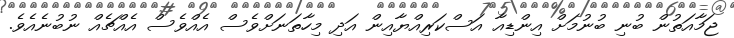
ޖަމާއަތުން ބުނި ބުނުމަށް އިންޑިއާ އަސްކަރިއްޔާއިން އަދި މިހާތަނަށްވެސް އެއްވެސް އެއްޗެއް ނުބުނެއެވެ.